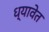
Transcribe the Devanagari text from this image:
ध्यावेत